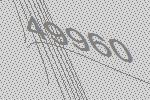
49960